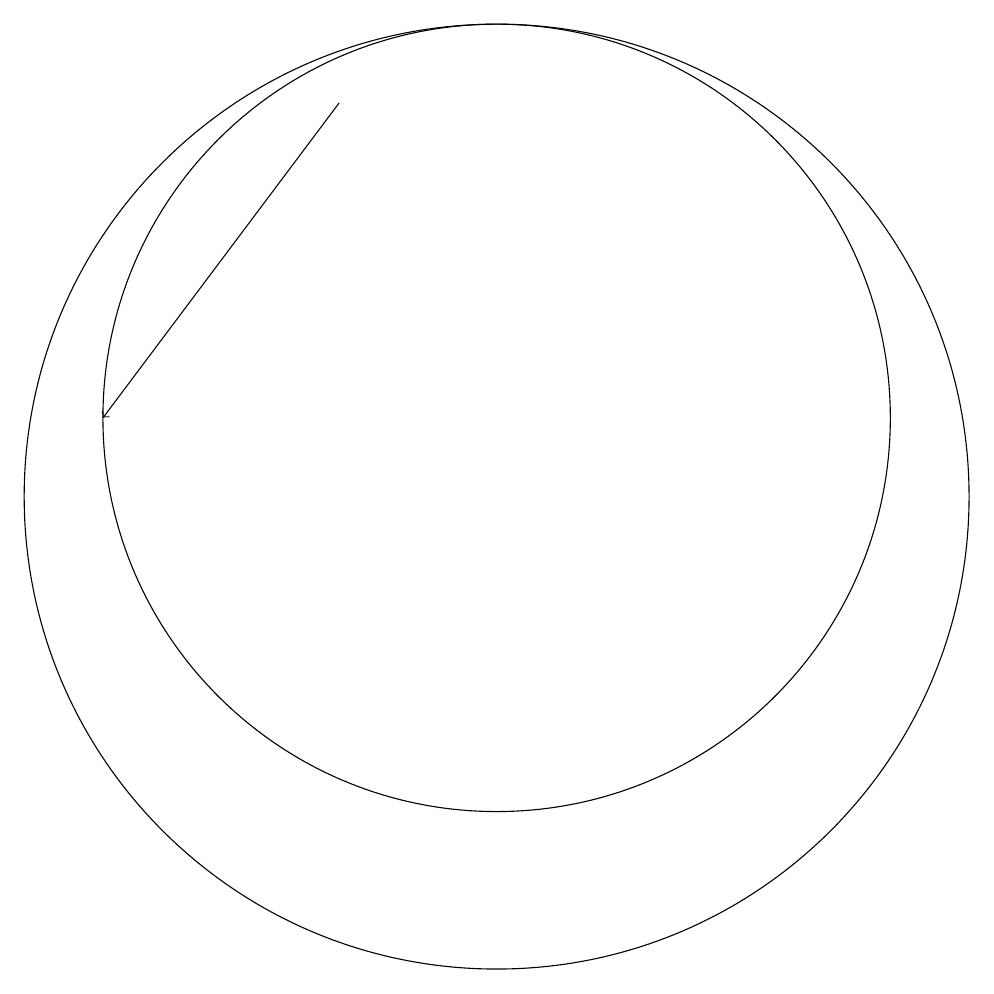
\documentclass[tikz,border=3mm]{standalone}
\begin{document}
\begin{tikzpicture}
\draw[->] (9,16) -- (6,12);
\draw (11,12) circle (5);
\draw (10,10) circle (0);
\draw (10,12) circle (0);
\draw (11,11) circle (6);
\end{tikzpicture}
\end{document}